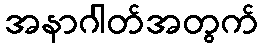
အနာဂါတ်အတွက်